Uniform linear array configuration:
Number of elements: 48
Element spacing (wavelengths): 0.75
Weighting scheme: hann
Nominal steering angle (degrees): -45
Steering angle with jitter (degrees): -44.079
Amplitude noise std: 0.05
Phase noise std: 0.05

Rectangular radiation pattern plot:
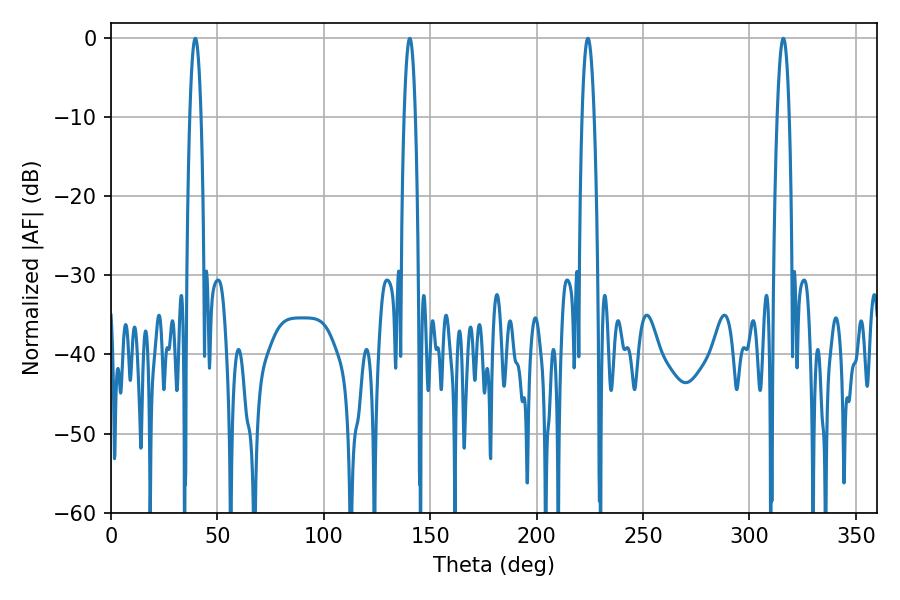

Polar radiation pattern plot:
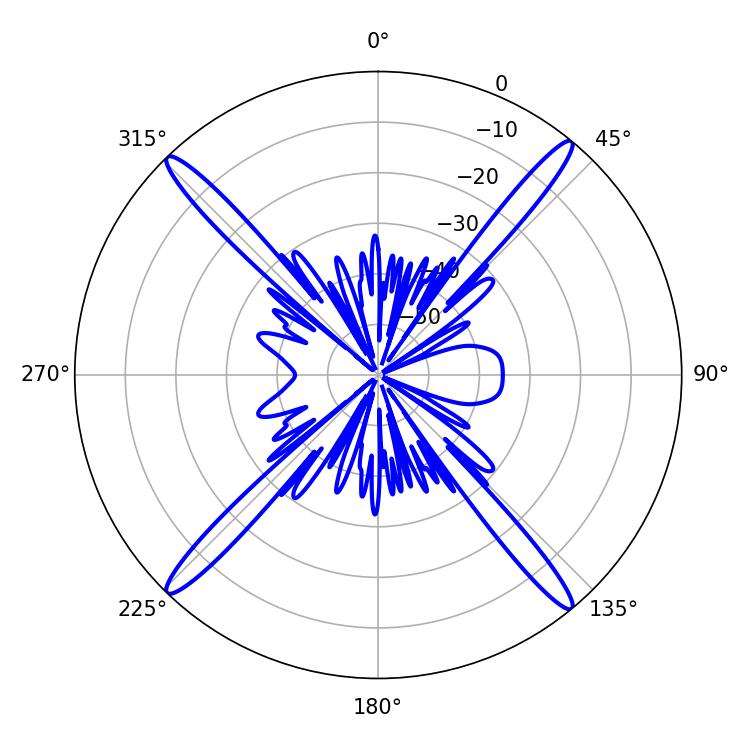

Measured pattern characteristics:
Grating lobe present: TRUE
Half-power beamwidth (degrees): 2.88
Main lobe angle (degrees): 39.6